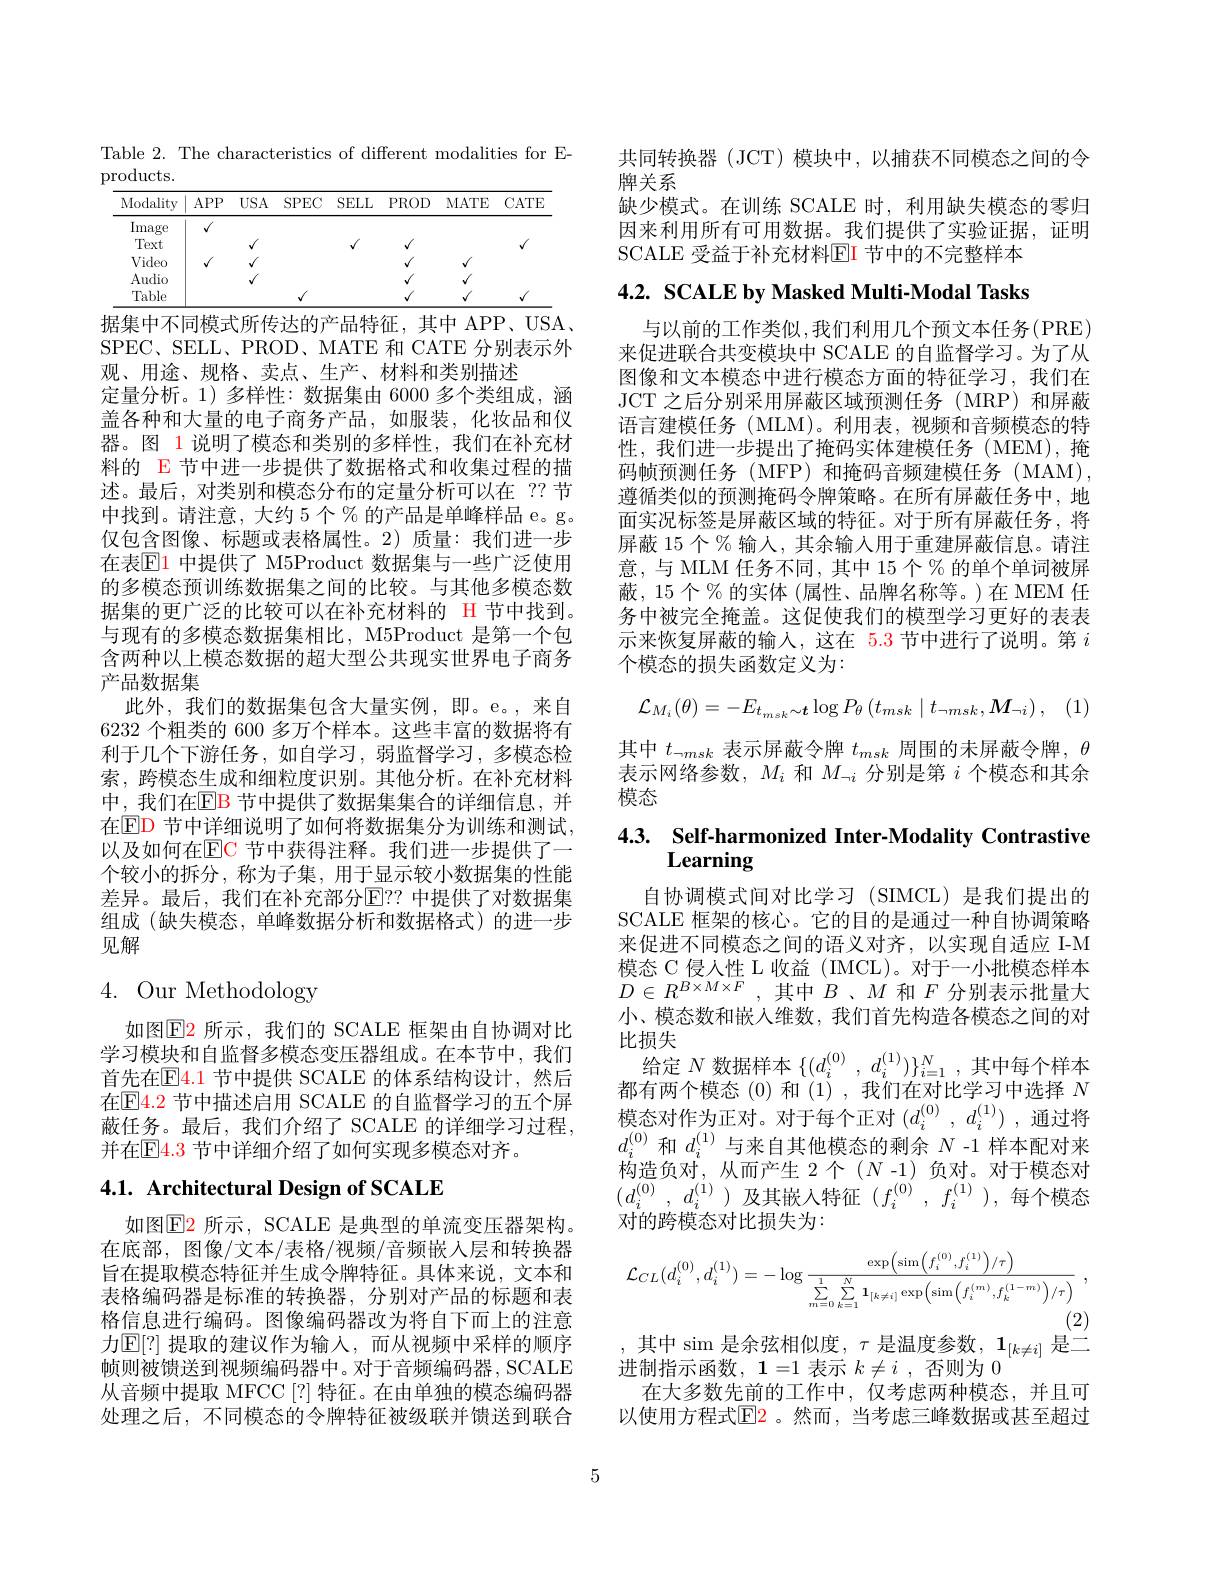
Table 2. The characteristics of different modalities for E-
products.

<table>
	<tbody>
		<tr>
			<th>Modality</th>
			<th>$APP$</th>
			<th>$USA$</th>
			<th>$SPEC$</th>
			<th>$SELL$</th>
			<th>PROD</th>
			<th>MATE</th>
			<th>$CATE$</th>
		</tr>
		<tr>
			<td>Image</td>
			<td>$√$</td>
			<td> </td>
			<td> </td>
			<td> </td>
			<td> </td>
			<td> </td>
			<td> </td>
		</tr>
		<tr>
			<td>Text</td>
			<td> </td>
			<td>$√$</td>
			<td> </td>
			<td>$√$</td>
			<td>$√$</td>
			<td> </td>
			<td>$√$</td>
		</tr>
		<tr>
			<td>Video</td>
			<td>1</td>
			<td>$J$</td>
			<td> </td>
			<td> </td>
			<td>$√$</td>
			<td>$√$</td>
			<td> </td>
		</tr>
		<tr>
			<td>Audio</td>
			<td> </td>
			<td>$√$</td>
			<td> </td>
			<td> </td>
			<td>$√$</td>
			<td>$√$</td>
			<td> </td>
		</tr>
		<tr>
			<td>Table</td>
			<td> </td>
			<td> </td>
			<td>/</td>
			<td> </td>
			<td>$√$</td>
			<td>$√$</td>
			<td>$√$</td>
		</tr>
	</tbody>
</table>
据集中不同模式所传达的产品特征，其中 APP、USA

SPEC、SELL、PROD、MATE 和 CATE 分别表示外
观、用途、规格、卖点、生产、材料和类别描述
定量分析。1)多样性：数据集由 6000 多个类组成，涵盖各种和大量的电子商务产品，如服装，化妆品和仪器。图 1 说明了模态和类别的多样性，我们在补充材料的 E 节中进一步提供了数据格式和收集过程的描述。最后，对类别和模态分布的定量分析可以在 ??节中找到。请注意，大约 5 个 % 的产品是单峰样品 e。g。仅包含图像、标题或表格属性。2)质量：我们进一步在表$\mathbb{E}$1 中提供了 M5Product 数据集与一些广泛使用的多模态预训练数据集之间的比较。与其他多模态数据集的更广泛的比较可以在补充材料的 H 节中找到。与现有的多模态数据集相比，M5Product 是第一个包含两种以上模态数据的超大型公共现实世界电子商务产品数据集
此外，我们的数据集包含大量实例，即。e。,来自6232 个粗类的 600 多万个样本。这些丰富的数据将有利于几个下游任务，如自学习，弱监督学习，多模态检索，跨模态生成和细粒度识别。其他分析。在补充材料中，我们在$\mathbb{E}$B 节中提供了数据集集合的详细信息，并在$\mathbb{E}$D 节中详细说明了如何将数据集分为训练和测试， 以及如何在$\mathbb{E}$C 节中获得注释。我们进一步提供了一个较小的拆分，称为子集，用于显示较小数据集的性能差异。最后，我们在补充部分E？? 中提供了对数据集组成 (缺失模态，单峰数据分析和数据格式)的进一步见解

# 4. Our Methodology

如图$\color{red}{\mathrm{E2}}$ 所示，我们的 SCALE 框架由自协调对比学习模块和自监督多模态变压器组成。在本节中，我们首先在$\mathbb{E}\color{red}{4.1}$节中提供 SCALE 的体系结构设计，然后在$\mathbb{E}\color{red}{4.2}$ 节中描述启用 SCALE 的自监督学习的五个屏蔽任务。最后，我们介绍了 SCALE 的详细学习过程， 并在$\mathbb{E}\color{red}{4.3}$ 节中详细介绍了如何实现多模态对齐。

# 4.1. Architectural Design of SCALE

如图$\operatorname{E}$2 所示，SCALE 是典型的单流变压器架构。在底部，图像/文本/表格/视频/音频嵌入层和转换器旨在提取模态特征并生成令牌特征。具体来说，文本和表格编码器是标准的转换器，分别对产品的标题和表格信息进行编码。图像编码器改为将自下而上的注意力$\mathbb{E}[?]$ 提取的建议作为输入，而从视频中采样的顺序帧则被馈送到视频编码器中。对于音频编码器，SCALE 从音频中提取 MFCC[?] 特征。在由单独的模态编码器处理之后，不同模态的令牌特征被级联并馈送到联合

共同转换器 (JCT) 模块中，以捕获不同模态之间的令
牌关系
缺少模式。在训练 SCALE 时，利用缺失模态的零归因来利用所有可用数据。我们提供了实验证据，证明SCALE 受益于补充材料$\mathbb{E}$I 节中的不完整样本

4.2. SCALE by Masked Multi-Modal Tasks

与以前的工作类似，我们利用几个预文本任务(PRE) 来促进联合共变模块中 SCALE 的自监督学习。为了从图像和文本模态中进行模态方面的特征学习，我们在JCT 之后分别采用屏蔽区域预测任务(MRP)和屏蔽语言建模任务(MLM)。利用表，视频和音频模态的特性，我们进一步提出了掩码实体建模任务(MEM),掩码帧预测任务(MFP)和掩码音频建模任务(MAM), 遵循类似的预测掩码令牌策略。在所有屏蔽任务中，地面实况标签是屏蔽区域的特征。对于所有屏蔽任务，将屏蔽 15 个 % 输人，其余输入用于重建屏蔽信息。请注意，与 MLM 任务不同，其中 15个% 的单个单词被屏蔽，15个%的实体(属性、品牌名称等。)在 MEM 任务中被完全掩盖。这促使我们的模型学习更好的表表示来恢复屏蔽的输入，这在 5.3 节中进行了说明。第$i$ 个模态的损失函数定义为：
$$\mathcal{L}_{M_{i}}(\theta)=-E_{t_{msk}\sim\boldsymbol{t}}\log P_{\theta}\left(t_{msk}\mid t_{\neg msk},M_{\neg i}\right),$$
其中$t_{\neg msk}$表示屏蔽令牌$t_msk$周围的未屏蔽令牌，$\theta$ 表示网络参数，$M_i$和$M_{\neg i}$分别是第$i$个模态和其余模态

# 4.3. Self-harmonized Inter-Modality Contrastive Learning

自协调模式间对比学习 (SIMCL)是我们提出的SCALE 框架的核心。它的目的是通过一种自协调策略来促进不同模态之间的语义对齐，以实现自适应 I-M $\begin{array}{ll}\text{模态 C 侵入性 L 收益(IMCL)。对于一小批模态样本}\\D\in R^{B\times M\times F},\text{其中 }B\text{、}M\text{ 和 }F\text{ 分别表示批量大}\end{array}$ 小、模态数和嵌人维数，我们首先构造各模态之间的对比损失
给定$N$数据样本$\{(d_i^{(0)},d_i^{(1)})\}_{i=1}^N$,其中每个样本都有两个模态(0)和(1),我们在对比学习中选择$N$ 模态对作为正对。对于每个正对$(d_i^{(0)},d_i^{(1)})$ ,通过将$d_i^{(0)}$和$d_i^{(1)}$与来自其他模态的剩余$N$ -1 样本配对来构造负对，从而产生 2个(N-1)负对。对于模态对$( d_{i}^{( 0) }$, $d_{i}^{( 1) })$及其嵌入特征$( f_i^{( 0) }$, $f_{i}^{( 1) }) $,每个模态对的跨模态对比损失为：
$$\mathcal{L}_{CL}(d_{i}^{(0)},d_{i}^{(1)})=-\log\frac{\exp\left(\sin\left(f_{i}^{(0)},f_{i}^{(1)}\right)/\tau\right)}{\sum\limits_{m=0}^{1}\sum\limits_{k=1}^{N}\mathbf{1}_{[k\neq i]}\exp\left(\sin\left(f_{i}^{(m)},f_{k}^{(1-m)}\right)/\tau\right)}\:,$$
(2)

,其中$\sin$是余弦相似度$,\tau$是温度参数$,1_[k\neq i]$是二

进制指示函数，1=1表示$k\neq i$ ,否则为0
在大多数先前的工作中，仅考虑两种模态，并且可以使用方程式$\color{red}{\mathrm{E}}\color{blue}{\mathrm{2}}$。然而，当考虑三峰数据或甚至超过

5